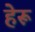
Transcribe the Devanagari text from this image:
हेरू